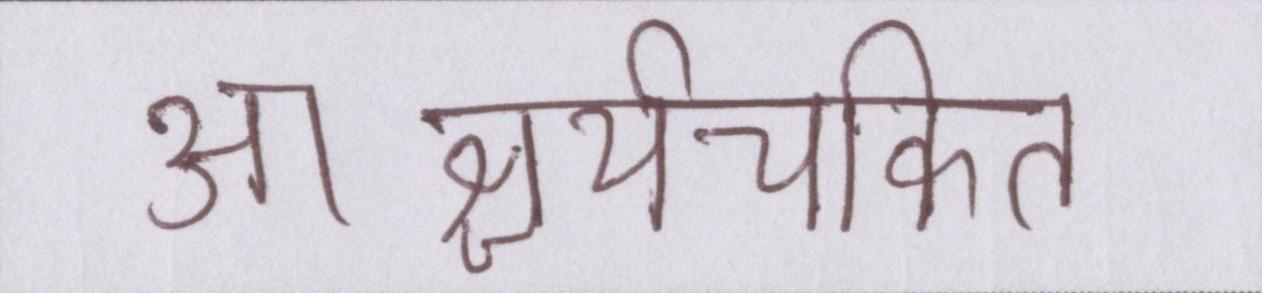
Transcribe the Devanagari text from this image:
आश्चर्यचकित